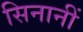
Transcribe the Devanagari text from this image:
सिनानीं